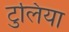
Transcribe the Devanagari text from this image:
टुलिया